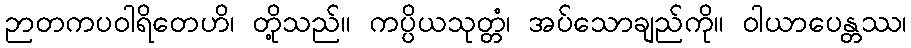
ဉာတကပဝါရိတေဟိ၊ တို့သည်။ ကပ္ပိယသုတ္တံ၊ အပ်သောချည်ကို။ ဝါယာပေန္တဿ၊